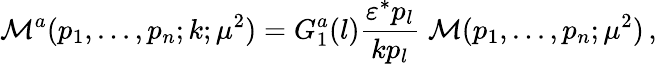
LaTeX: {\cal M}^{a}(p_{1},...,p_{n};k;\mu^{2})=G_{1}^{a}(l)\frac{\varepsilon^{*}p_{l}}{kp_{l}}\; {\cal M}(p_{1},...,p_{n};\mu^{2})\, ,